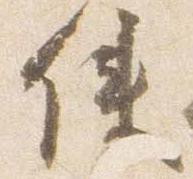
使